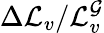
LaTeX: \Delta\mathcal{L}_{v}/\mathcal{L}_{v}^{\mathcal{G}}